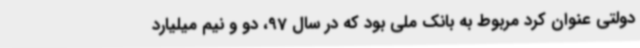
دولتی عنوان کرد مربوط به بانک ملی بود که در سال 97، دو و نیم میلیارد